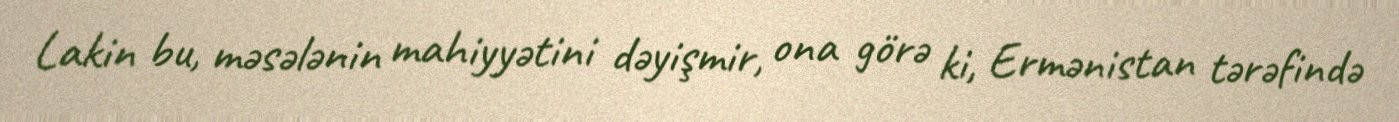
Lakin bu, məsələnin mahiyyətini dəyişmir, ona görə ki, Ermənistan tərəfində